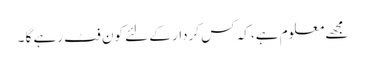
مجھے معلوم ہے، کہ کس کردار کے لئے کون فٹ رہے گا ۔